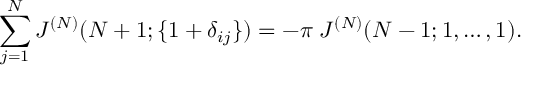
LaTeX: \sum _ { j = 1 } ^ { N } J ^ { ( N ) } ( N + 1 ; \{ 1 + \delta _ { i j } \} ) = - \pi \; J ^ { ( N ) } ( N - 1 ; 1 , \ldots , 1 ) .